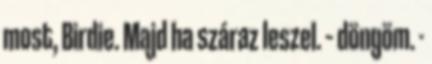
most, Birdie. Majd ha száraz leszel. – döngöm. -